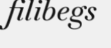
filibegs